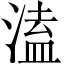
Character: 溘